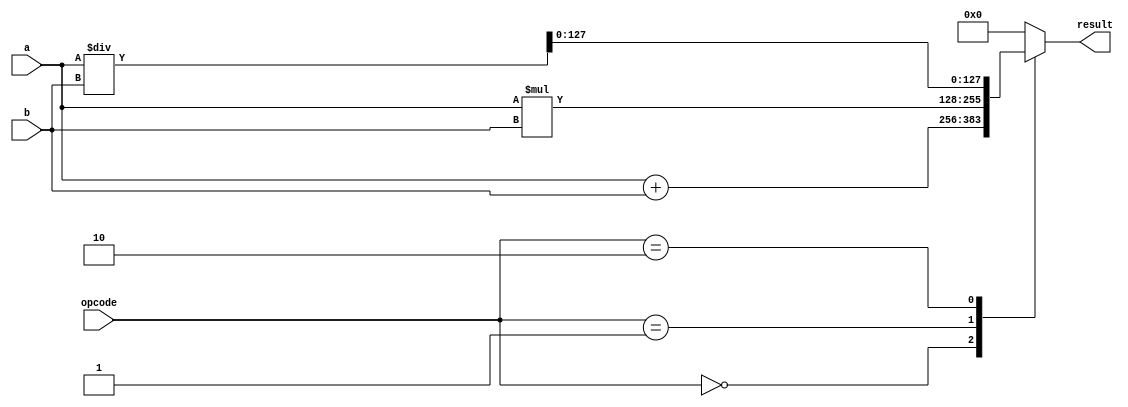
module QuadruplePrecisionFloatingPointUnit (
    input wire [127:0] a,
    input wire [127:0] b,
    input wire [2:0] opcode,
    output reg [127:0] result
);

// adder
reg [127:0] sum;
assign sum = a + b;

// multiplier
reg [255:0] product;
assign product = a * b;

// divider
reg [255:0] quotient;
assign quotient = a / b;

always @(*)
begin
    case(opcode)
        3'b000: result = sum; // addition
        3'b001: result = product[127:0]; // multiplication
        3'b010: result = quotient[127:0]; // division
        default: result = 128'b0; // default value
    endcase
end

endmodule